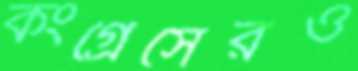
কংগ্রেসেরও